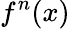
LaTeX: f^{n}(x)